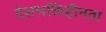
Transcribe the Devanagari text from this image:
देशभक्तिहीनता